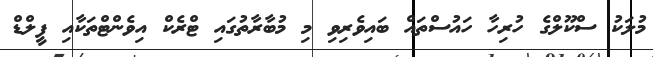
މުލަކު ސްކޫލްގެ ހުރިހާ ހައުސްތައް ބައިވެރިވި މި މުބާރާތުގައި ޓްރެކް އިވެންޓްތަކާއި ފީލްޑް